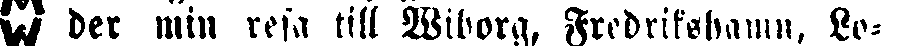
# der min resa till Wiborg, Fredrikshamn, Lo-